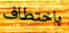
باختطاف